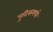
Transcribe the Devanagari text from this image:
पुटिकमध्ये